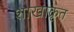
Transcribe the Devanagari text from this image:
शाखाकृत